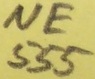
Text: NE555